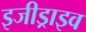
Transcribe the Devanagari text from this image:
इजीड्राइव